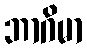
ဘာဂိမာ